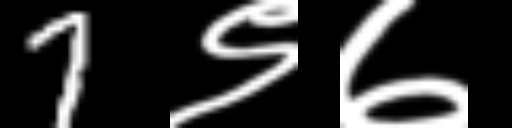
Text: 7९७